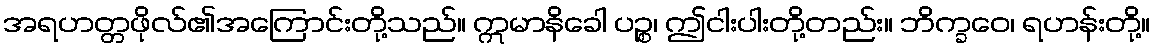
အရဟတ္တဖိုလ်၏အကြောင်းတို့သည်။ ဣမာနိခေါ ပဉ္စ၊ ဤငါးပါးတို့တည်း။ ဘိက္ခဝေ၊ ရဟန်းတို့။